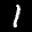
Label: 1